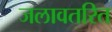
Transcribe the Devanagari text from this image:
जलावतरित